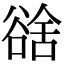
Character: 𧮿